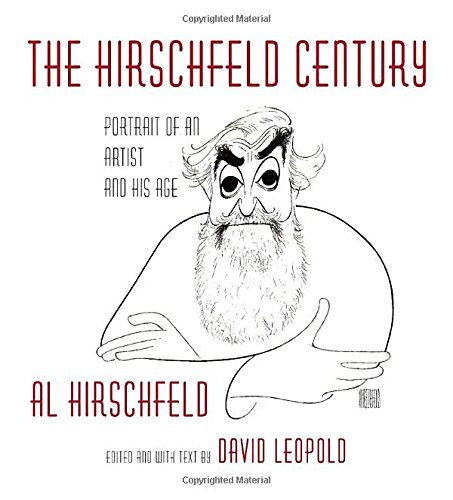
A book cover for The Hirschfeld Century: Portrait of an Artist and His Age; Al Hirschfeld; Comics & Graphic Novels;